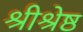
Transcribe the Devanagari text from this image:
श्रीश्रेष्ठ